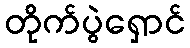
တိုက်ပွဲရှောင်